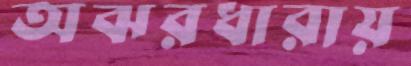
অঝরধারায়